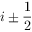
i \pm { \frac { 1 } { 2 } }